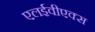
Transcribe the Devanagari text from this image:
एलईवीएक्स